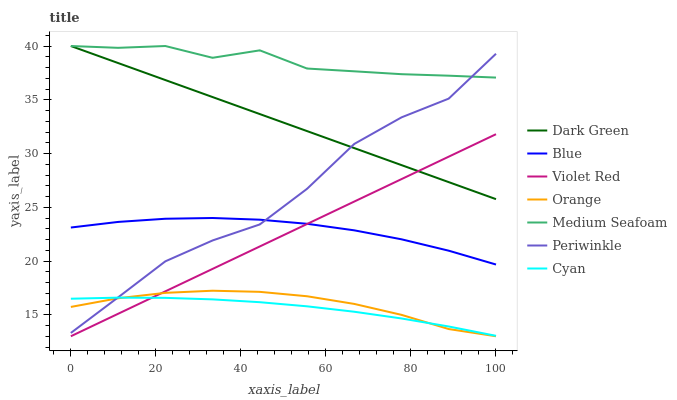
| xaxis_label | Dark Green | Blue | Violet Red | Orange | Medium Seafoam | Periwinkle | Cyan |
 | --- | --- | --- | --- | --- | --- | --- | --- |
 | 0 | 40 | 23.1 | 13 | 15.7 | 40 | 13.3 | 16.5 |
 | 11.1 | 38.4 | 23.6 | 15.1 | 16.5 | 39.8 | 16.6 | 16.6 |
 | 22.2 | 36.8 | 23.9 | 17.2 | 17 | 40 | 20 | 16.6 |
 | 33.3 | 35.3 | 24 | 19.3 | 17.2 | 38.9 | 21.9 | 16.4 |
 | 44.4 | 33.7 | 23.8 | 21.4 | 17.1 | 39.6 | 23.4 | 16.2 |
 | 55.6 | 32.1 | 23.5 | 23.4 | 16.7 | 37.9 | 26.7 | 15.8 |
 | 66.7 | 30.5 | 22.9 | 25.5 | 16 | 37.6 | 30.9 | 15.3 |
 | 77.8 | 28.9 | 22 | 27.6 | 15 | 37.4 | 33.4 | 14.7 |
 | 88.9 | 27.3 | 21 | 29.7 | 13.7 | 37.2 | 35.1 | 13.9 |
 | 100 | 25.8 | 19.7 | 31.8 | 13 | 37.1 | 39.3 | 13 |